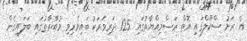
އެ ރަށު ސްކޫލްގައި އޮތް ރަސްމިއްޔާތުގައި 125 ދަރިވަރަކު ބައިވެރިވި މުބާރާތުގައި ބަލައިގެން